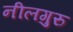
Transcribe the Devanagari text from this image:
नीलगुरु